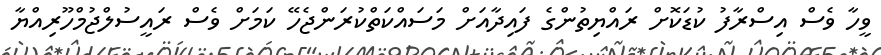
ވީހާ ވެސް އިސްރާފު ކުޑަކޮށް ރައްޔިތުންގެ ފައިދާއަށް މަސައްކަތްކުރަންޖެހޭ ކަމަށް ވެސް ރައީސުލްޖުމްހޫރިއްޔާ